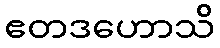
ဧတဒဟောသိ